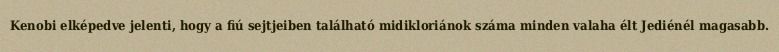
Kenobi elképedve jelenti, hogy a fiú sejtjeiben található midikloriánok száma minden valaha élt Jediénél magasabb.